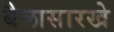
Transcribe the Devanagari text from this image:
बैलासारखे